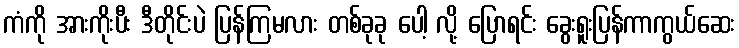
ကံကို အားကိုးပီး ဒီတိုင်းပဲ ပြန်ကြမလား တစ်ခုခု ပေါ့ လို့ ပြောရင်း ခွေးရူးပြန်ကာကွယ်ဆေး